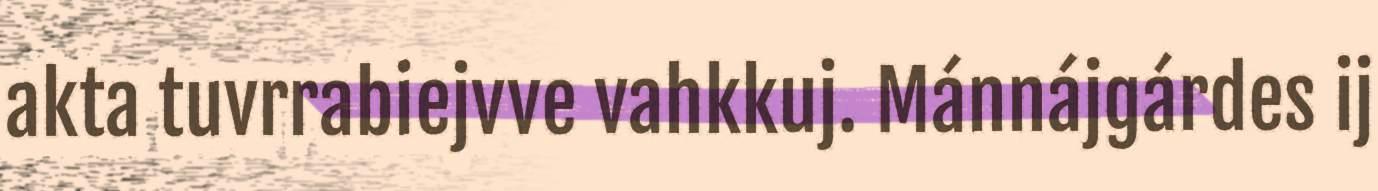
akta tuvrrabiejvve vahkkuj. Mánnájgárdes ij